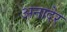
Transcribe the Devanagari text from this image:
अनादेर